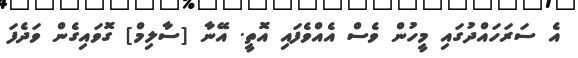
އެ ސަަރަހައްދުގައި މީހުން ވެސް އެއްވެފައި އޮތީ. އޭނާ [ސާލިމް] ގޮވައިގެން ވަދެފަ